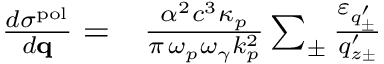
\begin{array} { r l } { \frac { d \sigma ^ { \mathrm { p o l } } } { d { \bf q } } = } & { { } \frac { \alpha ^ { 2 } c ^ { 3 } \kappa _ { p } } { \pi \, \omega _ { p } \omega _ { \gamma } k _ { p } ^ { 2 } } \sum _ { \pm } \frac { \varepsilon _ { q _ { \pm } ^ { \prime } } } { q _ { z \pm } ^ { \prime } } } \end{array}